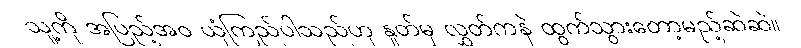
သူ့ကို အပြည့်အဝ ယုံကြည်ပါသည်ဟု နှုတ်မှ လွှတ်ကနဲ ထွက်သွားတော့မည့်ဆဲဆဲ။